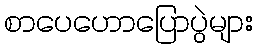
စာပေဟောပြောပွဲများ